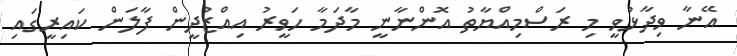
އޭނާ ވިދާޅުވީ މި ރަސްމިއްޔާތު އޮންނާނީ މާދަމާ ހަވީރު އިއްޒުދީން ފާލަން ކައިރީގައި